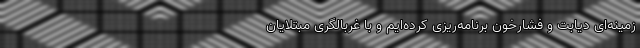
زمینه‌ای دیابت و فشارخون برنامه‌ریزی کرده‌ایم و با غربالگری مبتلایان